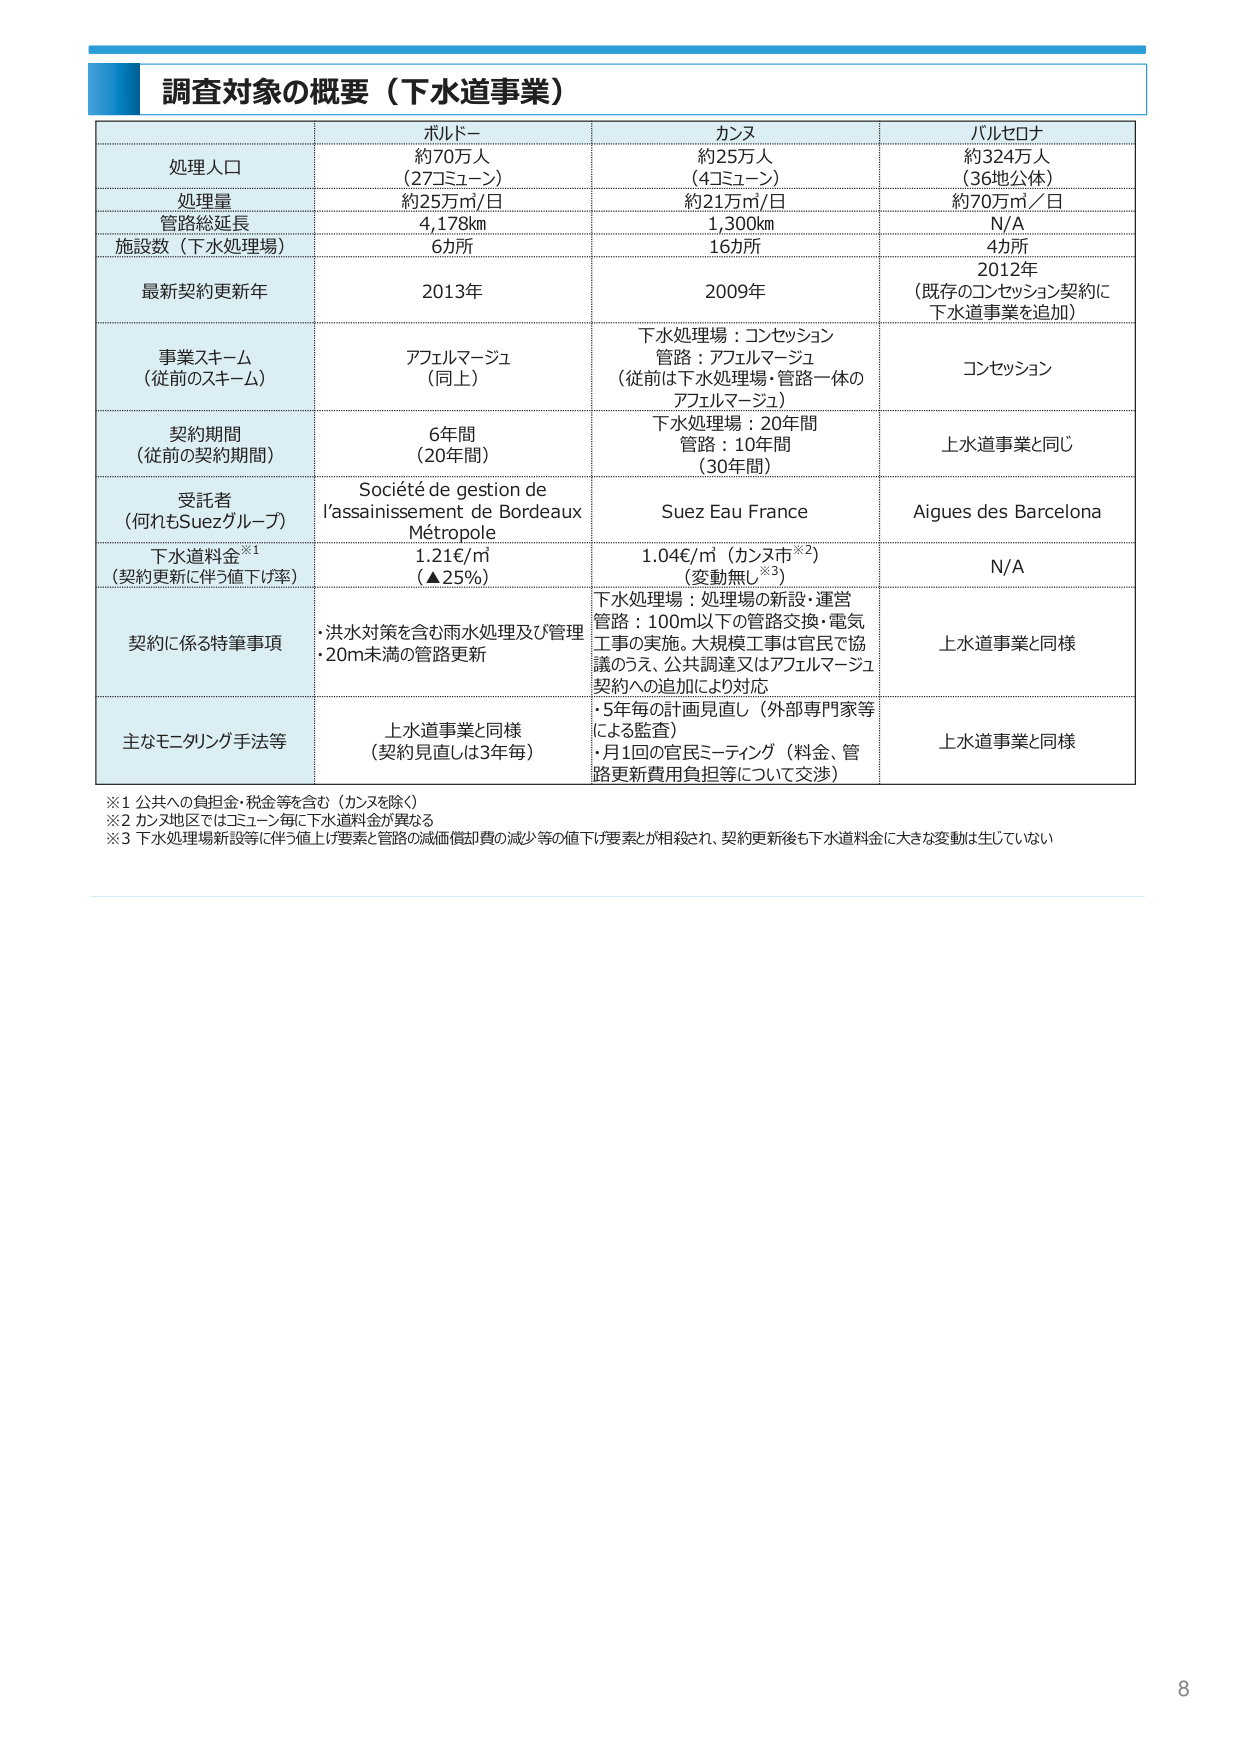
調査対象の概要（下水道事業）

ボルドー カンヌ バルセロナ
処理人口 約70万人 （27コミューン） 約25万人 （4コミューン） 約324万人 （36地公体）
処理量 約25万㎥/日 約21万㎥/日 約70万㎥／日
管路総延長 4,178km 1,300km N/A
施設数（下水処理場） 6カ所 16カ所 4カ所
最新契約更新年 2013年 2009年 2012年 （既存のコンセッション契約に 下水道事業を追加）
事業スキーム （従前のスキーム） アフェルマージュ （同上） 下水処理場：コンセッション 管路：アフェルマージュ （従前は下水処理場・管路一体の アフェルマージュ） コンセッション
契約期間 （従前の契約期間） 6年間 （20年間） 下水処理場：20年間 管路：10年間 （30年間） 上水道事業と同じ
受託者 （何れもSuezグループ） Société de gestion de l’assainissement de Bordeaux Métropole Suez Eau France Aigues des Barcelona
下水道料金※1 （契約更新に伴う値下げ率） 1.21€/㎥ （▲25%） 1.04€/㎥（カンヌ市※2） （変動無し※3） N/A
契約に係る特筆事項 ・洪水対策を含む雨水処理及び管理 ・20m未満の管路更新 下水処理場：処理場の新設・運営 管路：100m以下の管路交換・電気工事の実施。大規模工事は官民で協議のうえ、公共調達又はアフェルマージュ契約への追加により対応 ・5年毎の計画見直し（外部専門家等による監査） ・月1回の官民ミーティング（料金、管路更新費用負担等について交渉） 上水道事業と同様
主なモニタリング手法等 上水道事業と同様 （契約見直しは3年毎） 上水道事業と同様

※1 公共への負担金・税金等を含む（カンヌを除く）
※2 カンヌ地区ではコミューン毎に下水道料金が異なる
※3 下水処理場新設等に伴う値上げ要素と管路の減価償却費の減少等の値下げ要素とが相殺され、契約更新後も下水道料金に大きな変動は生じていない

8